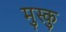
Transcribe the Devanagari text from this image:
मुस्कु